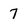
Character: 7